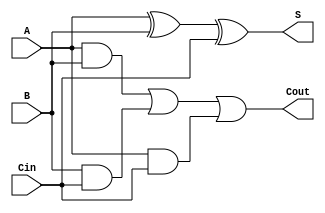
module FullAdder(
    input A,
    input B,
    input Cin,
    output S,
    output Cout
);

assign S = A ^ B ^ Cin;
assign Cout = (A & B) | (B & Cin) | (A & Cin);

endmodule